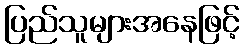
ပြည်သူများအနေဖြင့်